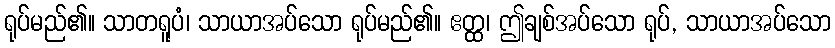
ရုပ်မည်၏။ သာတရူပံ၊ သာယာအပ်သော ရုပ်မည်၏။ ဧတ္ထ၊ ဤချစ်အပ်သော ရုပ်, သာယာအပ်သော